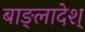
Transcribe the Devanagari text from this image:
बाङ्लादेश्